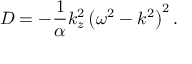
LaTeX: D = - { \frac { 1 } { \alpha } } k _ { z } ^ { 2 } \left( \omega ^ { 2 } - k ^ { 2 } \right) ^ { 2 } .